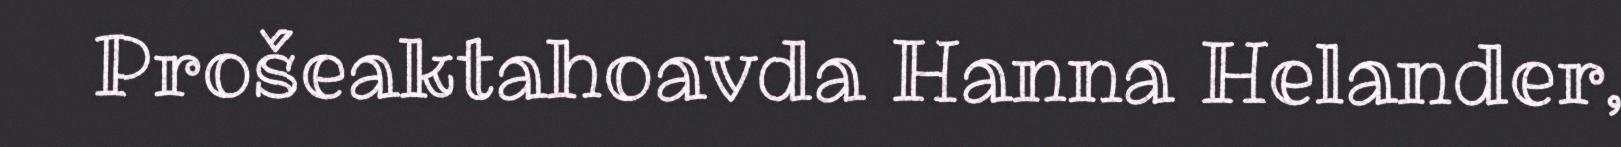
Prošeaktahoavda Hanna Helander,